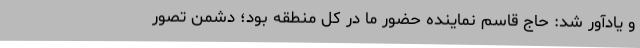
و یادآور شد: حاج قاسم نماینده حضور ما در کل منطقه بود؛ دشمن تصور